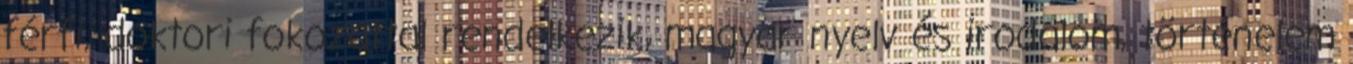
férfi, doktori fokozattal rendelkezik, magyar nyelv és irodalom, történelem